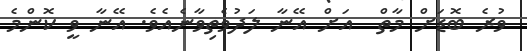
ވުރެ ބޮޑަށް މާތް  އަށް އޭނާ ލަދުވެތިވާނެއެވެ. އޭނާ ވީ ކޮންމެ